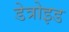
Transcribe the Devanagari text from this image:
डेत्रोइड